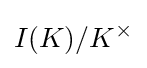
I(K)/K^{\times }